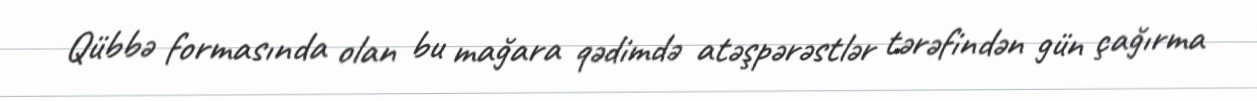
Qübbə formasında olan bu mağara qədimdə atəşpərəstlər tərəfindən gün çağırma